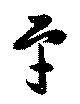
平